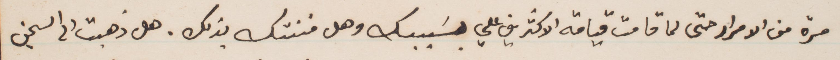
مرة من الإصرار حتى لما قامت قيامة الأكثر مني علىّ بسببك وهل فتنتك بذلك. هل ذهبت الى السجن